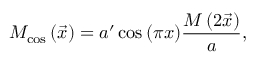
M _ { \mathrm { c o s } } \left( \vec { x } \right) = a ^ { \prime } \cos { \left( \pi x \right) } \frac { M \left( 2 \vec { x } \right) } { a } ,